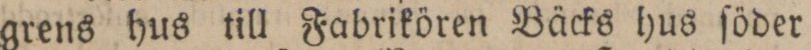
grens hus till Fabrikören Bäcks hus ſöder